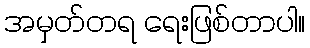
အမှတ်တရ ရေးဖြစ်တာပါ။